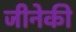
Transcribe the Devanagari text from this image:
जीनेकी